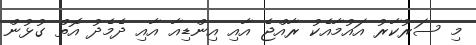
މި ސަރުކާރު އައުމާއެކު ރާއްޖެ އާއި އިންޑިއާ އާއި ދެމެދު އޮތް ގުޅުން